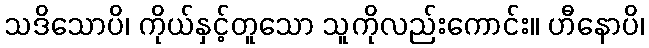
သဒိသောပိ၊ ကိုယ်နှင့်တူသော သူကိုလည်းကောင်း။ ဟီနောပိ၊